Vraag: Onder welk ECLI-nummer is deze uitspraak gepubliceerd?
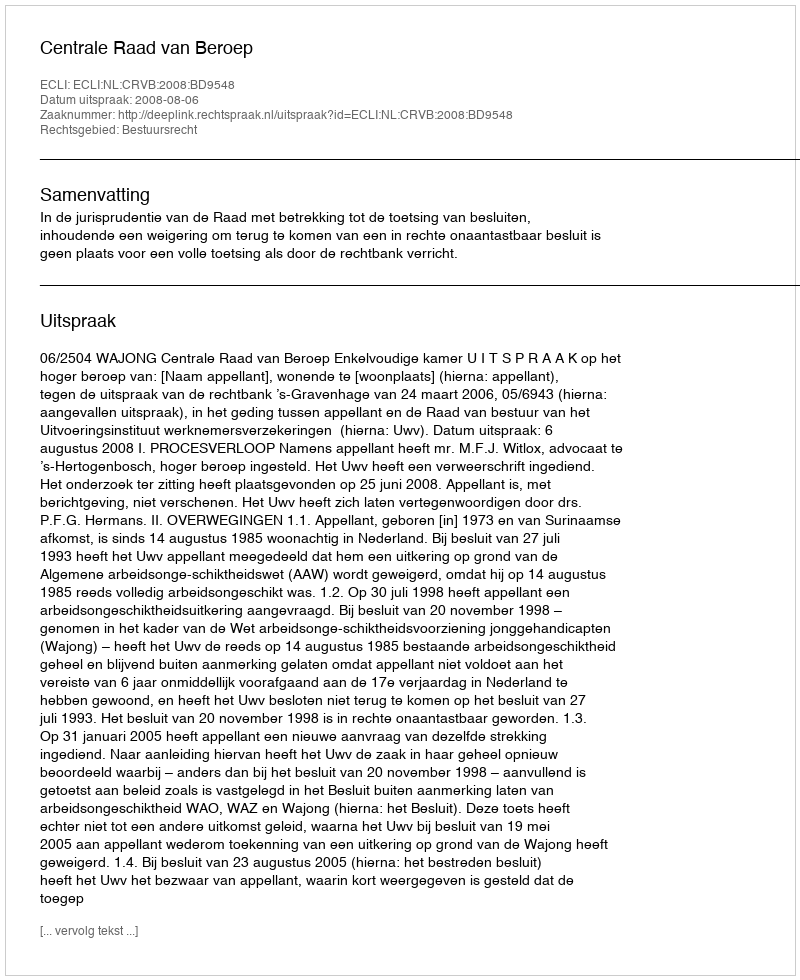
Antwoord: ECLI:NL:CRVB:2008:BD9548